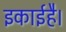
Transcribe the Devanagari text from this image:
इकाईहै।